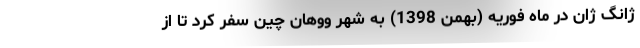
ژانگ ژان در ماه فوریه (بهمن 1398) به شهر ووهان چین سفر كرد تا از